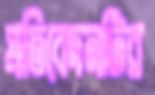
প্রতিবেদনটির